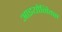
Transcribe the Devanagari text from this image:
आइयोनिक्स